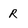
Character: r